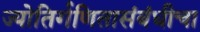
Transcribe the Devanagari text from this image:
ज्योतिर्गणितासंबंधीचा